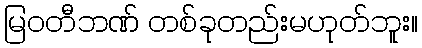
မြဝတီဘဏ် တစ်ခုတည်းမဟုတ်ဘူး။